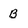
Character: B